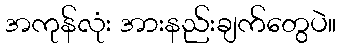
အကုန်လုံး အားနည်းချက်တွေပဲ။